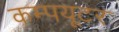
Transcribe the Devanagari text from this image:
कम्पयूटर